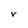
Character: r